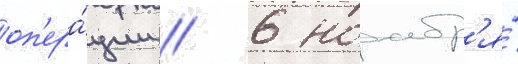
оп'ера́ции // 6 ноабр'я́